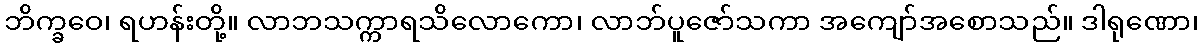
ဘိက္ခဝေ၊ ရဟန်းတို့။ လာဘသက္ကာရသိလောကော၊ လာဘ်ပူဇော်သကာ အကျော်အစောသည်။ ဒါရုဏော၊